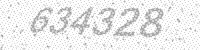
Solution: 634328